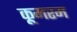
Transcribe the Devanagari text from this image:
कूमरम